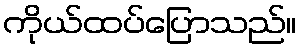
ကိုယ်ထပ်ပြောသည်။